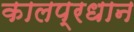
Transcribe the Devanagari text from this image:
कालप्रधान